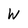
Character: W